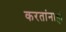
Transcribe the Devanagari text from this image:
करतांनाही